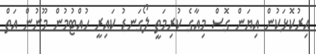
އިރުކޮޅަކުން އިޔަން ގޮސް މިއާގެ ކުރިމަތީ ލޯގަނޑު ކައިރީ ހުއްޓުމުން މޫނުން އަތް